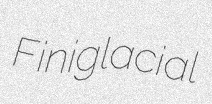
Finiglacial